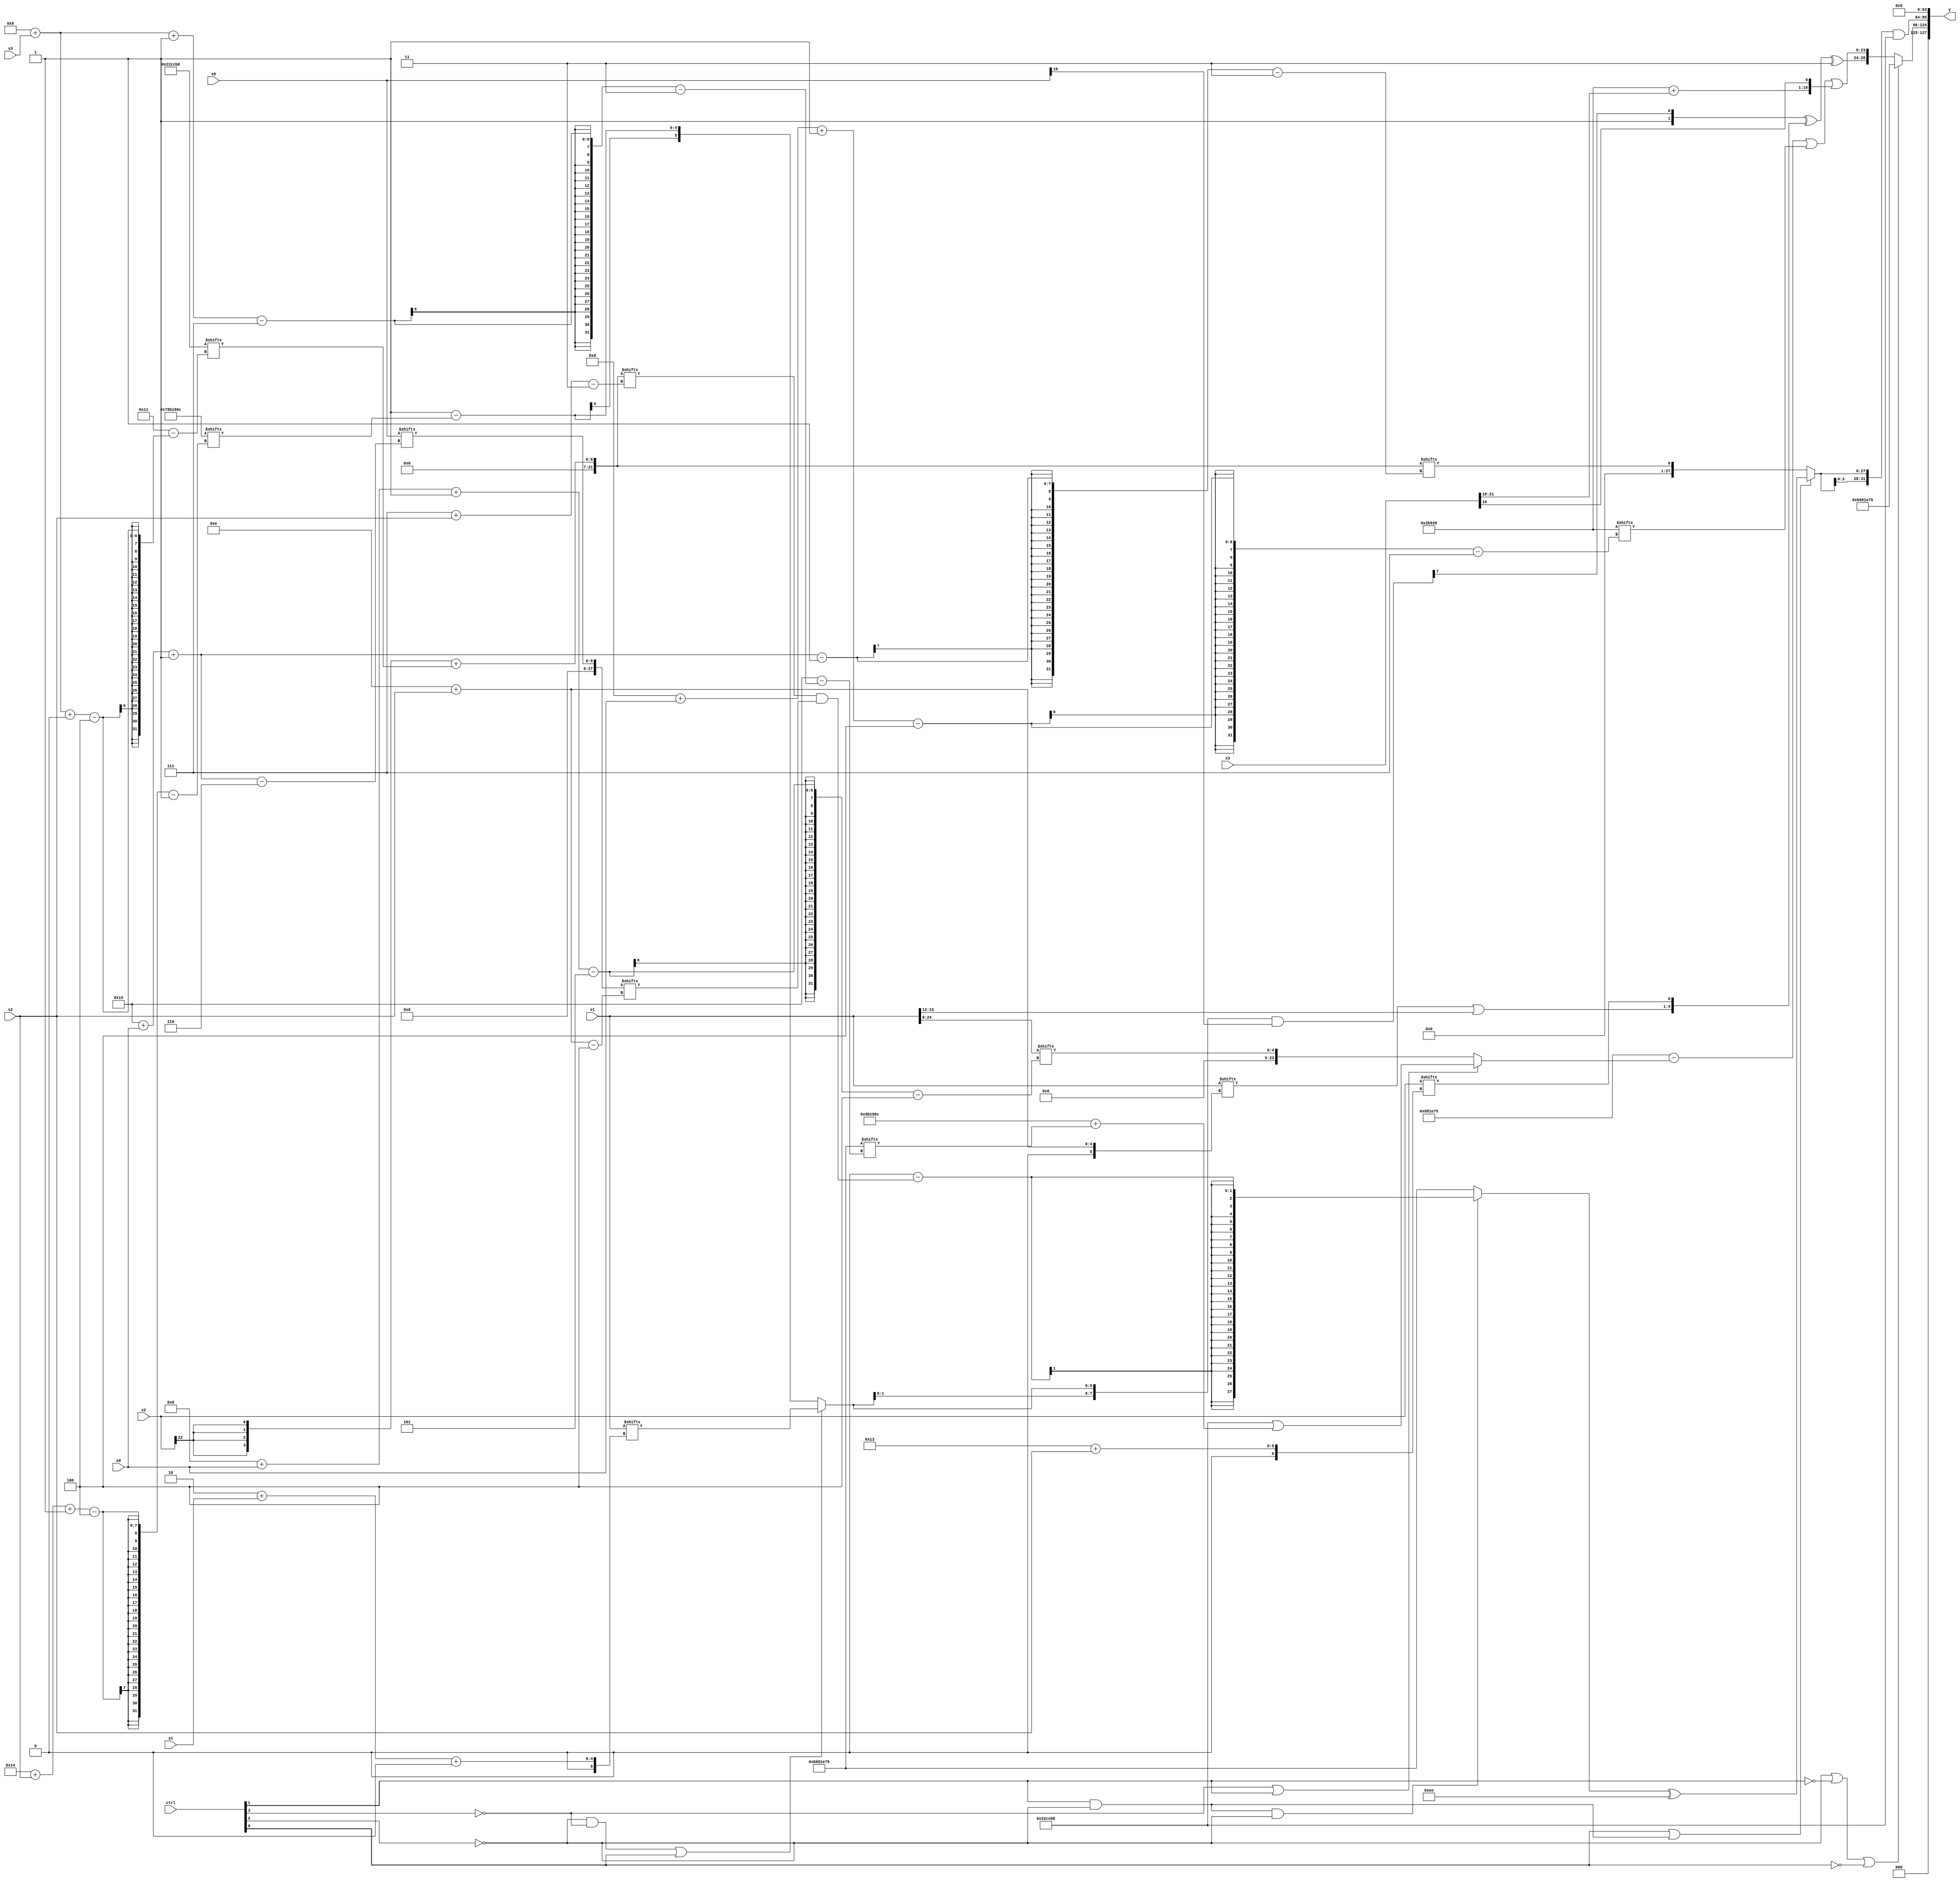
module partsel_00924(ctrl, s0, s1, s2, s3, x0, x1, x2, x3, y);
  input [3:0] ctrl;
  input [2:0] s0;
  input [2:0] s1;
  input [2:0] s2;
  input [2:0] s3;
  input signed [31:0] x0;
  input signed [31:0] x1;
  input [31:0] x2;
  input [31:0] x3;
  wire signed [28:4] x4;
  wire [25:2] x5;
  wire signed [26:3] x6;
  wire signed [24:3] x7;
  wire signed [24:4] x8;
  wire signed [7:31] x9;
  wire signed [31:6] x10;
  wire [31:3] x11;
  wire signed [0:27] x12;
  wire signed [31:4] x13;
  wire signed [24:2] x14;
  wire signed [1:29] x15;
  output [127:0] y;
  wire signed [31:0] y0;
  wire [31:0] y1;
  wire [31:0] y2;
  wire signed [31:0] y3;
  assign y = {y0,y1,y2,y3};
  localparam signed [3:30] p0 = 728243829;
  localparam signed [24:7] p1 = 195213625;
  localparam signed [31:1] p2 = 127605100;
  localparam signed [4:26] p3 = 153275576;
  assign x4 = x1;
  assign x5 = (p0 - (!ctrl[3] || !ctrl[3] || ctrl[1] ? {2{{2{(p3 | (p2 + p0[9 + s3 -: 7]))}}}} : x4[8 + s0 -: 5]));
  assign x6 = p2[10 + s1];
  assign x7 = ({2{{2{x2[22]}}}} + p3[9 + s3 +: 6]);
  assign x8 = ((({p0, p3[20 -: 3]} + {2{p0[16 -: 4]}}) ^ x7[16 + s0 +: 2]) & (x3 + ((((p2[22 -: 4] + x0) + (p2 + (((x6[17 -: 4] & p1[19 +: 2]) ^ p1) + (p3[13 -: 2] + p3[27 + s0 +: 7])))) | (x6[10] | p2)) | (ctrl[3] && ctrl[1] || !ctrl[3] ? (ctrl[2] && ctrl[0] || !ctrl[2] ? x2[22] : p1[23 -: 1]) : {2{x5[4 + s1]}}))));
  assign x9 = p2[4 + s3];
  assign x10 = (x1[14 + s2] | x4[19 -: 4]);
  assign x11 = x1[19];
  assign x12 = {({2{(!ctrl[2] && !ctrl[3] || ctrl[0] ? x1[2 + s1 +: 6] : (p0[20] - p2[20 + s2 -: 4]))}} & x0[16]), {2{p2[9 + s2]}}};
  assign x13 = x0[21 + s0 -: 6];
  assign x14 = {2{(!ctrl[0] || ctrl[3] || !ctrl[2] ? {2{p2}} : p3[19 +: 4])}};
  assign x15 = {(x13[13 -: 1] ^ p2), ({2{({2{(x3[20 -: 3] - p0[20 + s3 +: 1])}} ^ (!ctrl[1] && !ctrl[3] && ctrl[0] ? x8[16 -: 2] : (p0 - p2[17 + s3 +: 4])))}} + ({x6[12 + s1], (p2 - p1[21 -: 2])} & (!ctrl[0] || ctrl[2] && !ctrl[3] ? {p3[19 +: 2], p3[13 + s3]} : {2{x10}})))};
  assign y0 = (!ctrl[2] || !ctrl[1] || !ctrl[0] ? p0 : {(({p0[20], x12[18 +: 1]} ^ {x10, x2[19 + s2]}) ^ {2{p2[17]}}), ((x5 | p1[13 + s0 -: 4]) | {(p1 + x3[18 +: 4]), x3[16 -: 1]})});
  assign y1 = ({2{(ctrl[0] || ctrl[1] && !ctrl[2] ? ((!ctrl[2] && ctrl[1] && !ctrl[2] ? (p1[21] - (x7[7 + s2] & x13[14 + s2])) : p0) ^ {2{p1[17 +: 4]}}) : x7[21 + s0 -: 1])}} & p3);
  assign y2 = {2{x14[12 +: 1]}};
  assign y3 = p2[18 +: 3];
endmodule